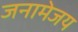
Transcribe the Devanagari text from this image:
जनामेजय